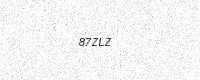
Text: 87ZLZ